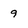
Character: 9